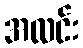
အလင်း